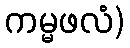
ကမ္မဖလံ)